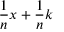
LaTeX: { \frac { 1 } { n } } x + { \frac { 1 } { n } } k